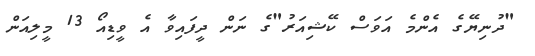
"ދުނިޔޭގެ އެންމެ އަވަސް ކޭޝިއަރު"ގެ ނަން ދީފައިވާ އެ ވީޑިއޯ 13 މީލިއަން